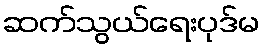
ဆက်သွယ်ရေးပုဒ်မ